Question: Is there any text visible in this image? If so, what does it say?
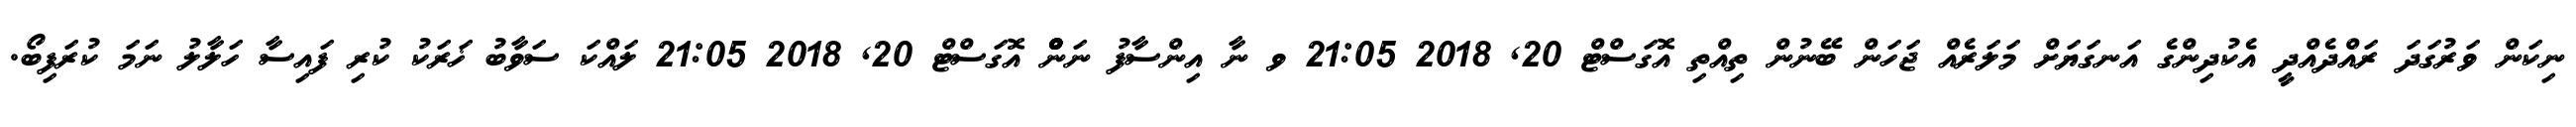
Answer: ނިކަން ވަރުގަދަ ރައްދެއްދީ އެކުދިންގެ އަނގަޔަށް މަލަރެއް ޖަހަން ބޭނުން ތިއްތި އޮގަސްޓް 20, 2018 21:05 ވ ނާ އިންސާފު ނަންްްްްް އޮގަސްޓް 20, 2018 21:05 ލައްކަ ސަވާބު ޚަރަކު ކުރި ފައިސާ ހަލާލު ނަމަ ކުރަފިބޯ.